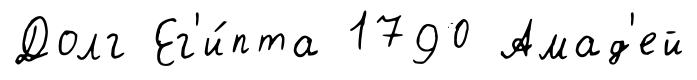
Долг Ег'и́пта 1790 Амад'ей